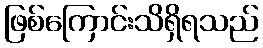
ဖြစ်ကြောင်းသိရှိရသည်